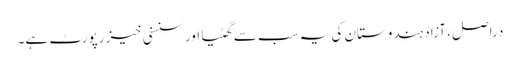
دراصل، آزاد ہندوستان کی یہ سب سے گھٹیا اور سنسنی خیز رپورٹ ہے۔